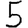
Digit: 5